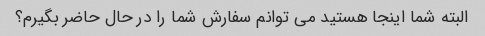
البته شما اینجا هستید می توانم سفارش شما را در حال حاضر بگیرم؟